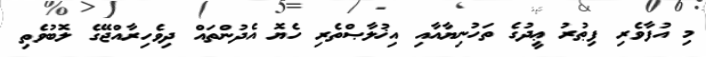
މި އުފާވެރި ފިޠުރު ޢީދުގެ ތަހުނިޔާއާއި އިޚުލާޞްތެރި ހެޔޮ އެދުންތައް ދިވެހިރާއްޖޭގެ ލޮބުވެތި